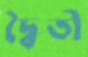
দ্বৈতী